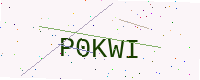
Text: P0KWI